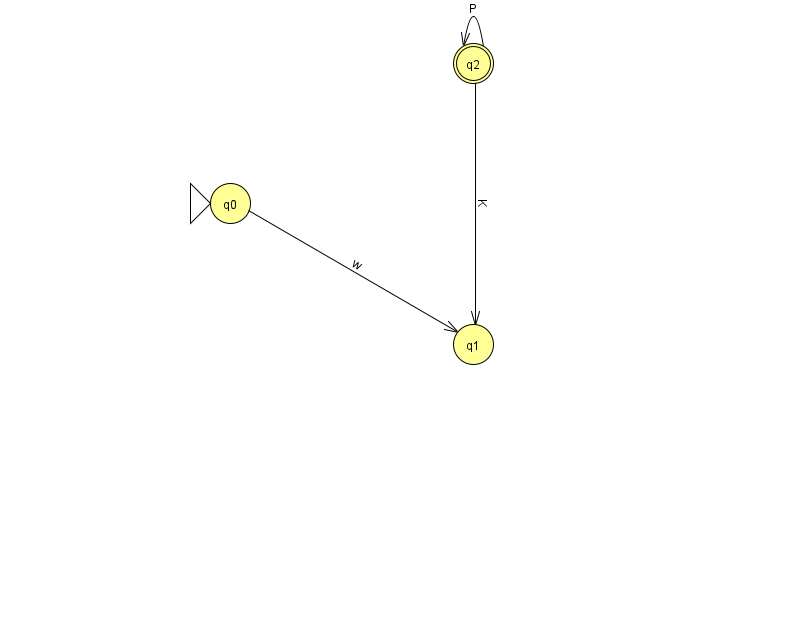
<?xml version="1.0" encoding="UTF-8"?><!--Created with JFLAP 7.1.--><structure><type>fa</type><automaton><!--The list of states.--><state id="0" name="q0"><x>230.0</x><y>190.0</y><initial/></state><state id="1" name="q1"><x>473.0</x><y>331.0</y></state><state id="2" name="q2"><x>473.0</x><y>50.0</y><final/></state><!--The list of transitions.--><transition><from>2</from><to>1</to><read>K</read></transition><transition><from>2</from><to>2</to><read>P</read></transition><transition><from>0</from><to>1</to><read>w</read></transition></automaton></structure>